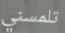
تلمسني